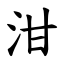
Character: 泔